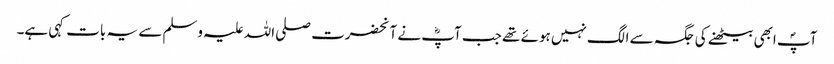
آپؐ ابھی بیٹھنے کی جگہ سے الگ نہیں ہوئے تھے جب آپؓ نے آنحضرت صلی اللہ علیہ وسلم سے یہ بات کہی ہے۔